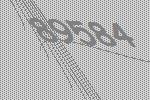
89584